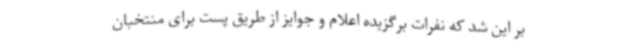
بر این شد که نفرات برگزیده اعلام و جوایز از طریق پست برای منتخبان